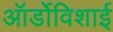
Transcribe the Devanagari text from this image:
ऑर्डोविशाई